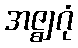
အဇ္ဈဂုံ